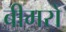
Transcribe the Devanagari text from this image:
बीमरों